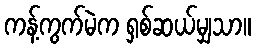
ကန့်ကွက်မဲက ရှစ်ဆယ်မျှသာ။